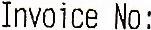
INVOICE NO: